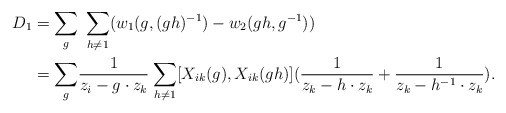
\begin{align*}D_1&=\underset{g}{\sum}\:\:\underset{h\neq 1}{\sum} (w_1(g,(gh)^{-1})-w_2(gh,g^{-1}))\\ &= \underset{g}{\sum} \frac{1}{z_i-g\cdot z_k}\:\underset{h\neq 1}{\sum} [X_{ik}(g),X_{ik}(gh)]( \frac{1}{z_k-h\cdot z_k}+\frac{1}{z_k-h^{-1} \cdot z_k}).\end{align*}